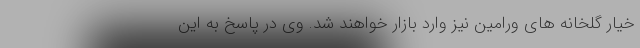
خیار گلخانه های ورامین نیز وارد بازار خواهند شد. وی در پاسخ به این